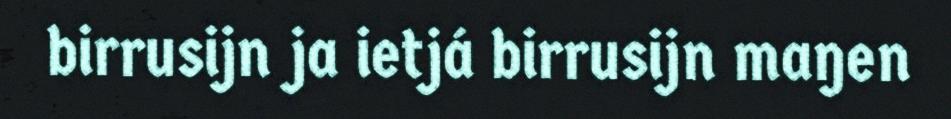
birrusijn ja ietjá birrusijn maŋen